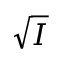
\sqrt { I }